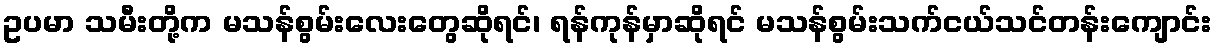
ဥပမာ သမီးတို့က မသန်စွမ်းလေးတွေဆိုရင်၊ ရန်ကုန်မှာဆိုရင် မသန်စွမ်းသက်ငယ်သင်တန်းကျောင်း